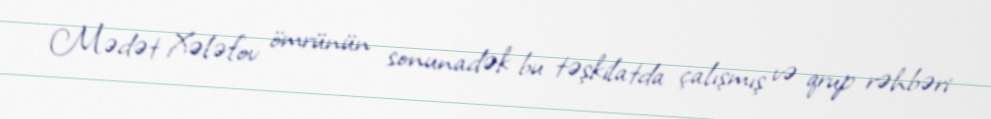
Mədət Xələfov ömrünün sonunadək bu təşkilatda çalışmış və qrup rəhbəri